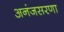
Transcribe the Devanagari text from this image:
अनंजसरणा